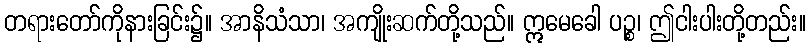
တရားတော်ကိုနားခြင်း၌။ အာနိသံသာ၊ အကျိုးဆက်တို့သည်။ ဣမေခေါ ပဉ္စ၊ ဤငါးပါးတို့တည်း။